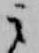
云